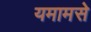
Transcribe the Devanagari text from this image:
यमामसे